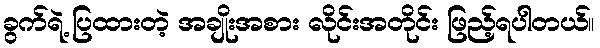
ခွက်ရဲ့ ပြထားတဲ့ အချိုးအစား လိုင်းအတိုင်း ဖြည့်ရပါတယ်။